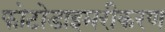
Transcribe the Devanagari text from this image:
फोटोडाइमरीकरण